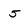
Character: 5